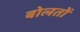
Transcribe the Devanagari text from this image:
बोलतों